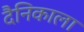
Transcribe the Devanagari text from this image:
दैनिकाला